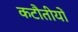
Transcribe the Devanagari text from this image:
कटौतीयों